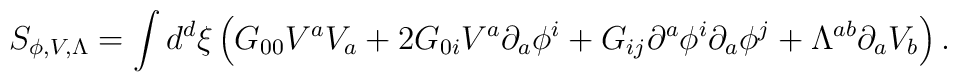
S_{\phi ,V,\Lambda}=\int d^{d}\xi\left(G_{00}V^{a}V_{a}+2G_{0i}V^{a}\partial_{a}\phi^{i}+G_{ij}\partial^{a}\phi^{i}\partial_{a}\phi^{j}+\Lambda^{ab}\partial_{a}V_{b}\right).